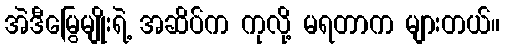
အဲဒီမြွေမျိုးရဲ့ အဆိပ်က ကုလို့ မရတာက များတယ်။